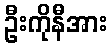
ဦးကိုနီအား